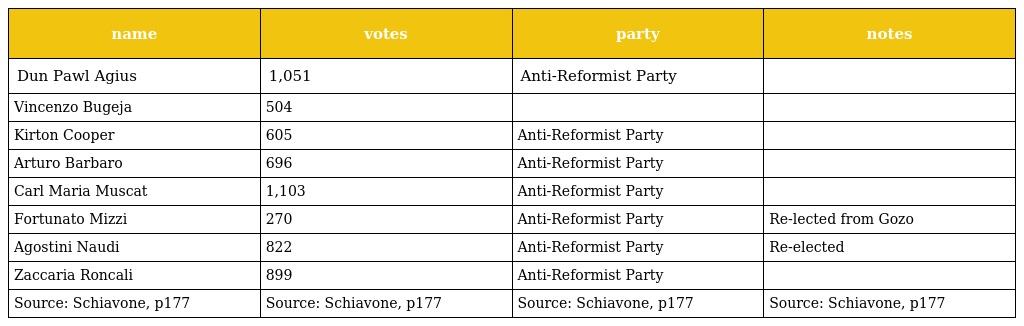
| name | votes | party | notes |
 | --- | --- | --- | --- |
 | Dun Pawl Agius | 1,051 | Anti-Reformist Party |  |
 | Vincenzo Bugeja | 504 |  |  |
 | Kirton Cooper | 605 | Anti-Reformist Party |  |
 | Arturo Barbaro | 696 | Anti-Reformist Party |  |
 | Carl Maria Muscat | 1,103 | Anti-Reformist Party |  |
 | Fortunato Mizzi | 270 | Anti-Reformist Party | Re-lected from Gozo |
 | Agostini Naudi | 822 | Anti-Reformist Party | Re-elected |
 | Zaccaria Roncali | 899 | Anti-Reformist Party |  |
 | Source: Schiavone, p177 | Source: Schiavone, p177 | Source: Schiavone, p177 | Source: Schiavone, p177 |